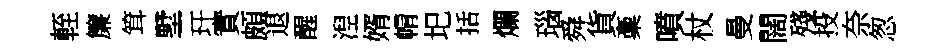
輊簾䇯墅玕實頗退醒湼婿㡌圯括爛瑙舜貨稾噴杖曼闊殘投奈怱